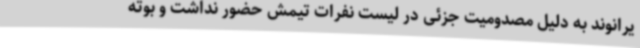
یرانوند به دلیل مصدومیت جزئی در لیست نفرات تیمش حضور نداشت و بوته